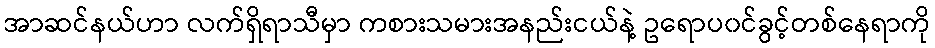
အာဆင်နယ်ဟာ လက်ရှိရာသီမှာ ကစားသမားအနည်းငယ်နဲ့ ဥရောပ၀င်ခွင့်တစ်နေရာကို